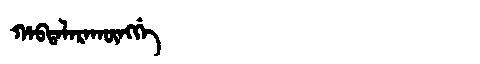
Manchu: ᡥᠠᠪᡨᠠᠯᠠᡵᠠᡴᡡᠩᡤᡝ
Romanization: HABTALARAKŪNGGE